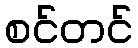
စင်တင်